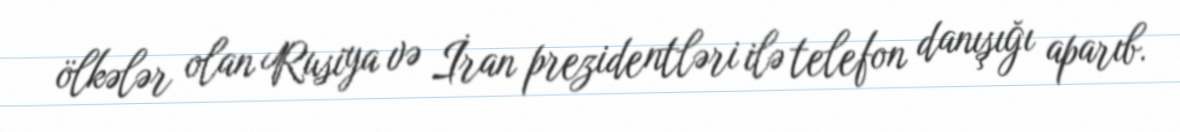
ölkələr olan Rusiya və İran prezidentləri ilə telefon danışığı aparıb.